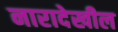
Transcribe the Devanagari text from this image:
नारादेखील